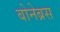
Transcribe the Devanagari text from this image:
बोनेब्रस